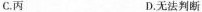
C. 丙 D. 无法判断